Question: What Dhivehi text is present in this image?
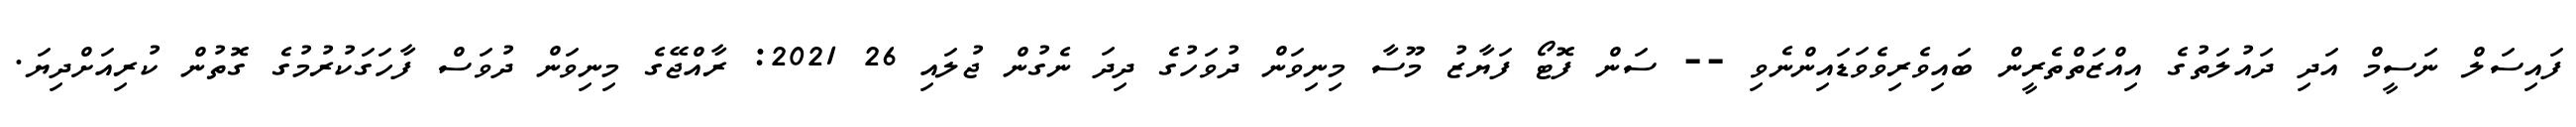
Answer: ފައިސަލް ނަސީމް އަދި ދައުލަތުގެ އިއްޒަތްތެރީން ބައިވެރިވެވަޑައިންނެވި -- ސަން ފޮޓޯ ފަޔާޒު މޫސާ މިނިވަން ދުވަހުގެ ދިދަ ނެގުން ޖުލައި 26 2021: ރާއްޖޭގެ މިނިވަން ދުވަސް ފާހަގަކުރުމުގެ ގޮތުން ކުރިއަށްދިޔަ.